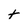
Character: t